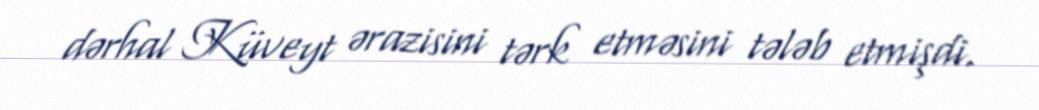
dərhal Küveyt ərazisini tərk etməsini tələb etmişdi.